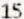
15